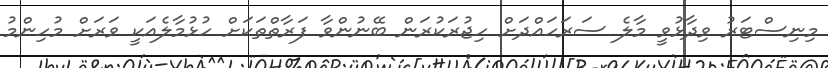
މިނިސްޓަރު ވިދާޅުވީ މާލެ ސަރަހައްދަށް ހިޖުރަކުރަން ބޭނުންވާ ފަރާތްތަކަށް ހުޅުމާލެއަކީ ވަރަށް މުހިންމު